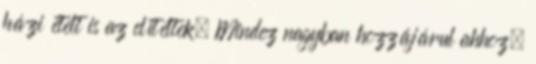
házi ételt is az elítéltek. Mindez nagyban hozzájárul ahhoz,